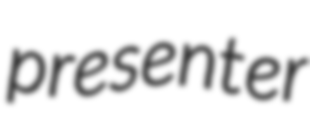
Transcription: presenter